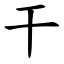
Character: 干